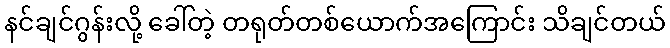
နင်ချင်ဂွန်းလို့ ခေါ်တဲ့ တရုတ်တစ်ယောက်အကြောင်း သိချင်တယ်